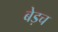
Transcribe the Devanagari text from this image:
बेड़च